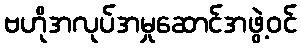
ဗဟိုအလုပ်အမှုဆောင်အဖွဲ့ဝင်